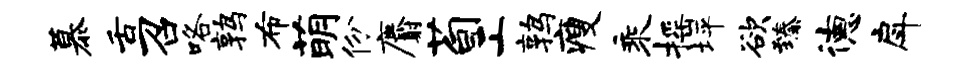
慕舌召咯鹑布萌份麝荀工鹑瘦乘摇坪欲臻德戽